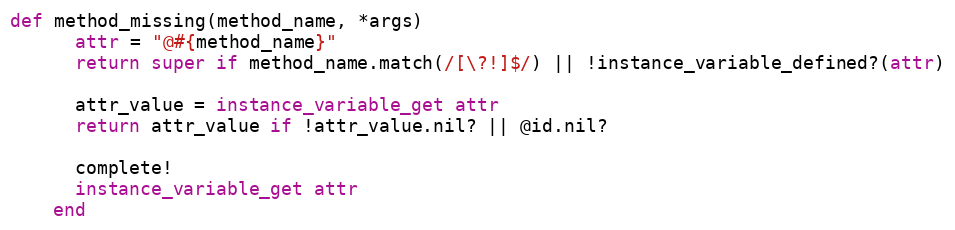
Language: Ruby
def method_missing(method_name, *args)
      attr = "@#{method_name}"
      return super if method_name.match(/[\?!]$/) || !instance_variable_defined?(attr)

      attr_value = instance_variable_get attr
      return attr_value if !attr_value.nil? || @id.nil?

      complete!
      instance_variable_get attr
    end